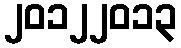
၂၀၁၂၂၀၁၃